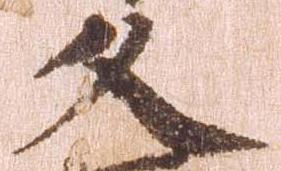
久